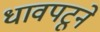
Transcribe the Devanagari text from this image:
धावपटूने